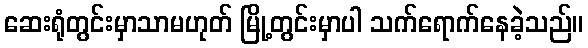
ဆေးရုံတွင်းမှာသာမဟုတ် မြို့တွင်းမှာပါ သက်ရောက်နေခဲ့သည်။